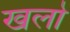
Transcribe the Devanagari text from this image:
खलो